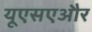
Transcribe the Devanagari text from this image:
यूएसएऔर